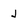
Character: j